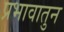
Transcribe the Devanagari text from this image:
प्रभावातुन